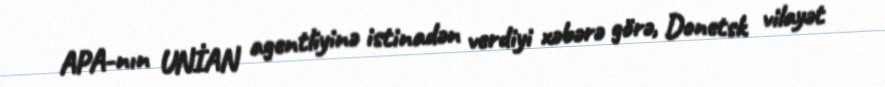
APA-nın UNİAN agentliyinə istinadən verdiyi xəbərə görə, Donetsk vilayət